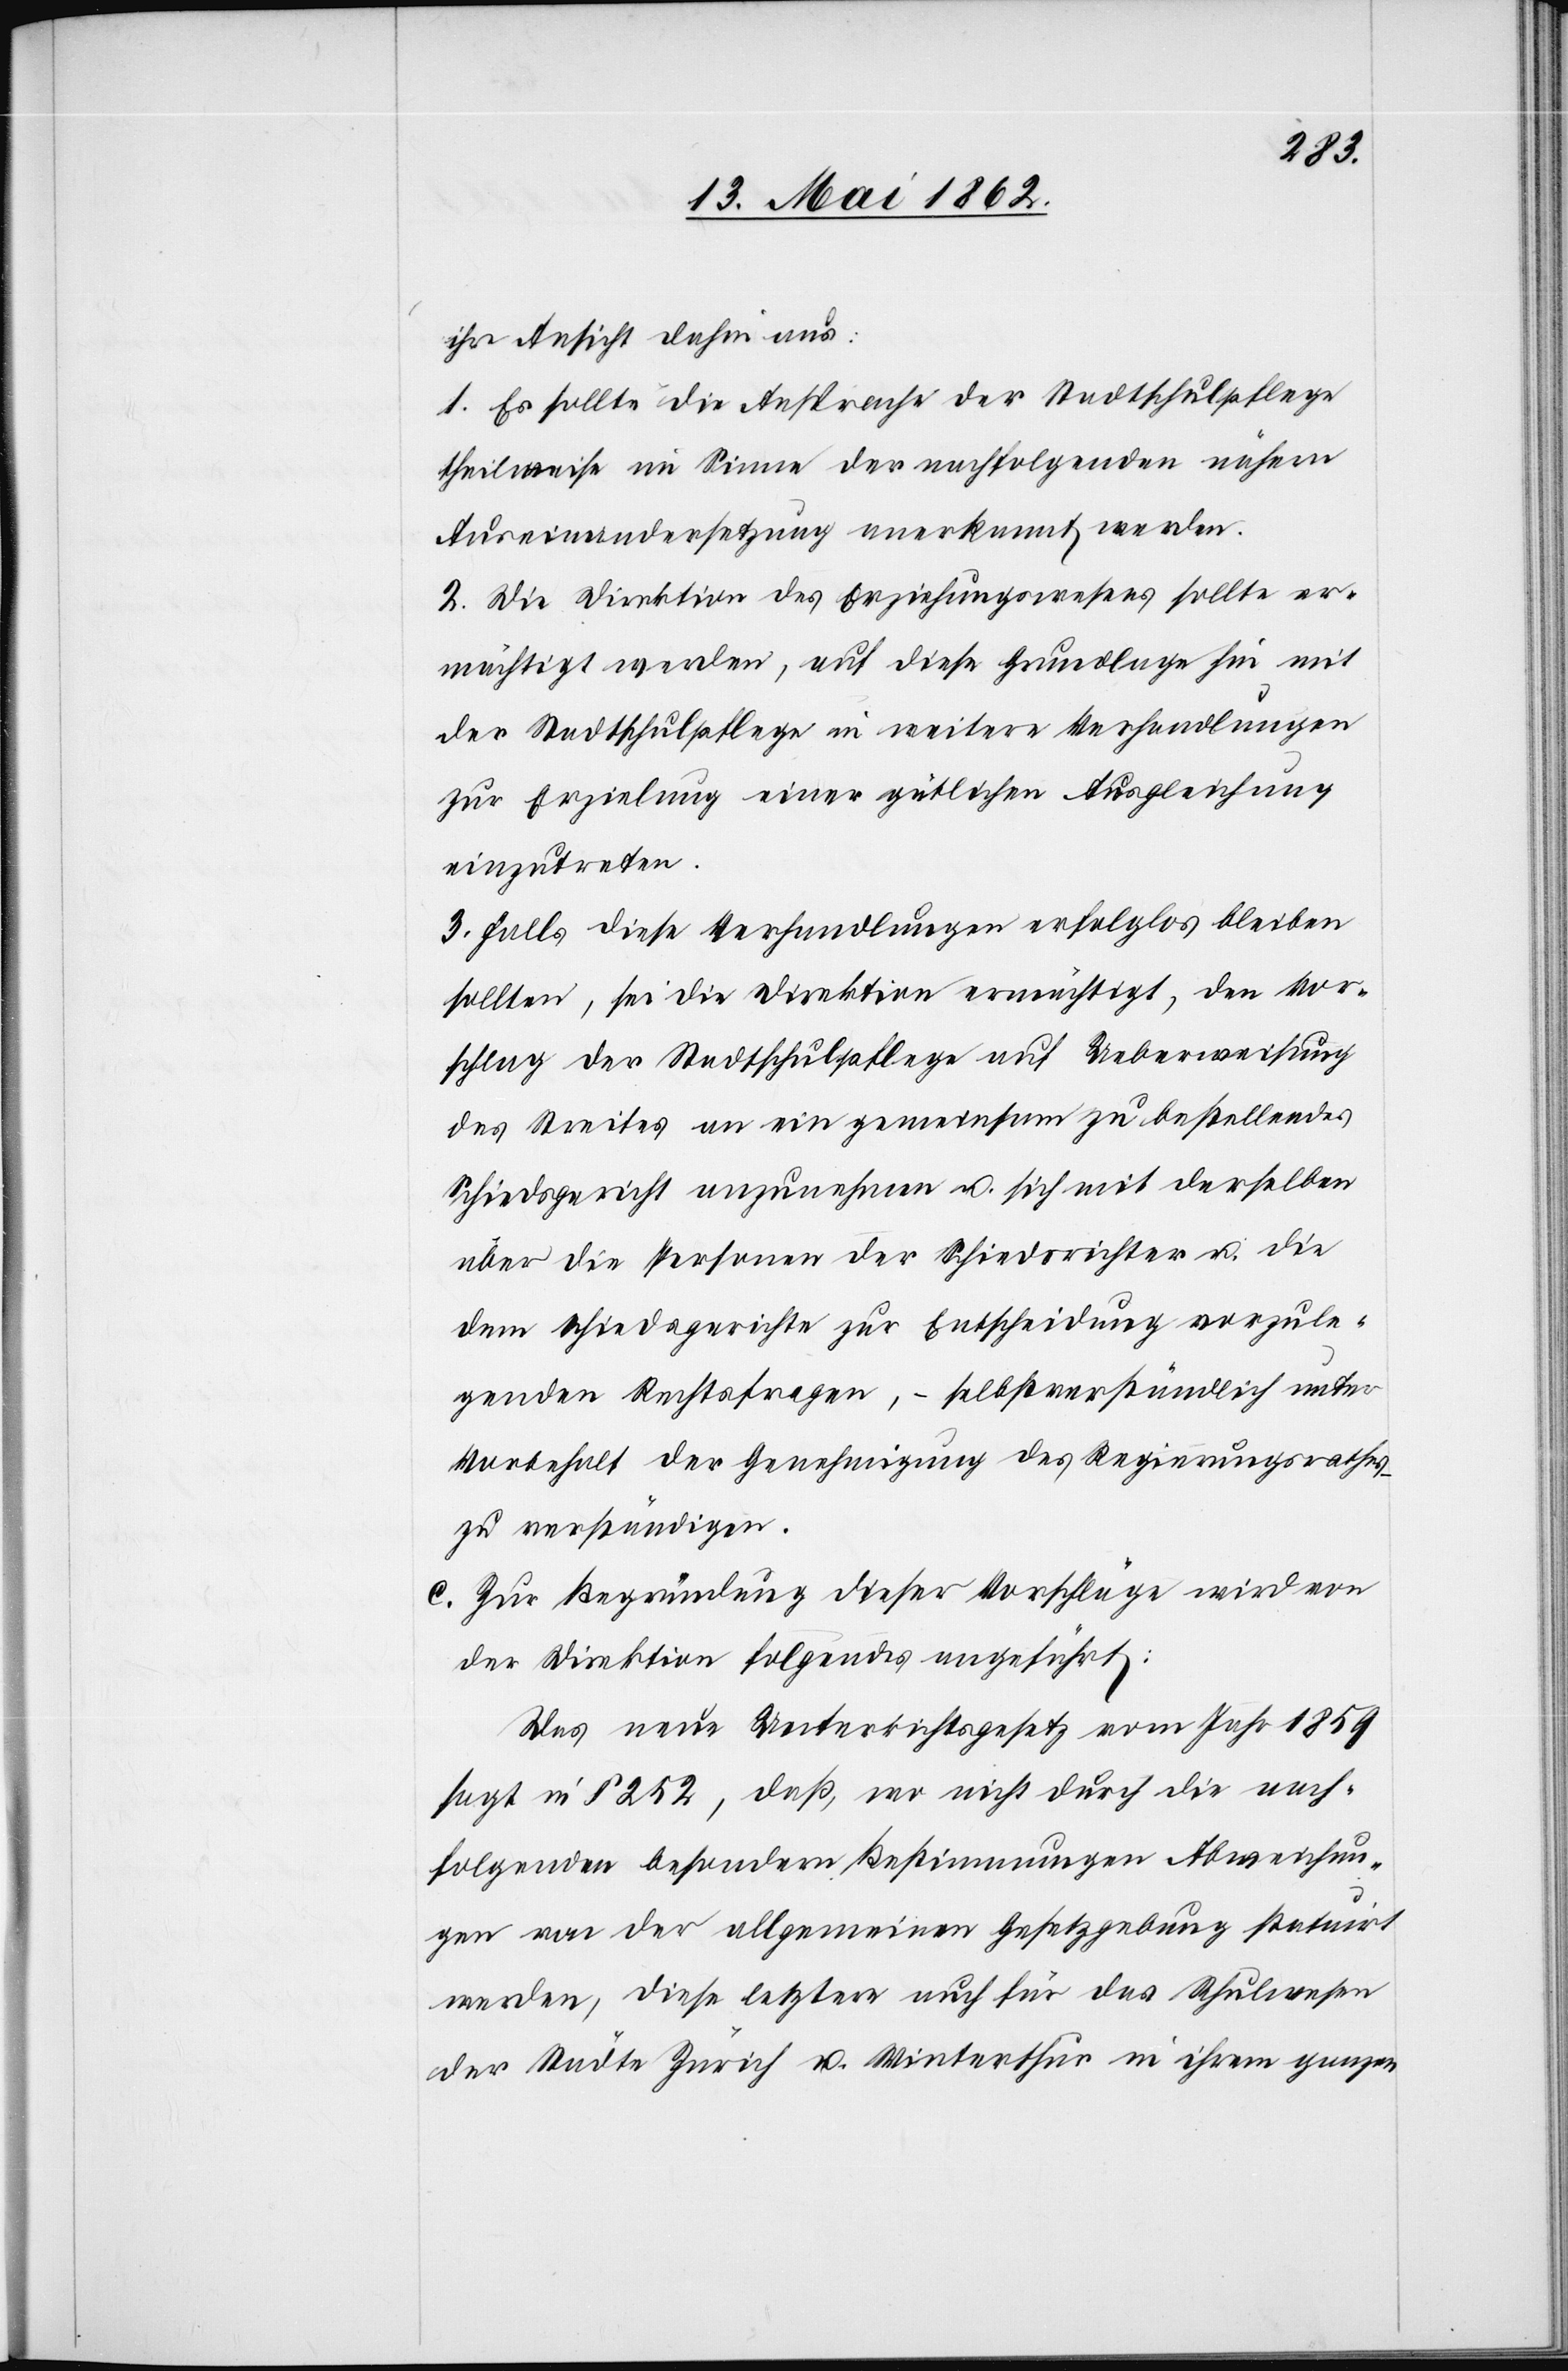
ihre Ansicht dahin aus:
1. Es sollte die Ansprache der Stadtschulpflege
theilweise im Sinne der nachfolgenden nähern
Auseinandersetzung anerkannt werden.
2. Die Direktion des Erziehungswesens sollte er¬
mächtigt werden, auf diese Grundlage sei mit
der Stadtschulpflege in weitere Verhandlungen
zur Erzielung einer gütlichen Ausgleichung
einzutreten.
3. Falls diese Verhandlungen erfolglos bleiben
sollten, sei die Direktion ermächtigt, den Vor¬
schlag der Stadtschulpflege auf Ueberweisung
des Streites an ein gemeinsam zu bestellendes
Schiedsgericht anzunehmen u. sich mit derselben
über die Personen der Schiedsrichter u. die
dem Schiedsgerichte zur Entscheidung vorzule¬
genden Rechtsfragen, – selbstverständlich unter
Vorbehalt der Genehmigung des Regierungsrathes
zu verständigen.
c. Zur Begründung dieser Vorschläge wird von
Das neue Unterrichtsgesetz vom Jahr 1859
sagt in § 252, daß, wo nicht durch die nach¬
folgenden besondern Bestimmungen Abweichun¬
gen von der allgemeinen Gesetzgebung statuirt
werden, diese letztere auch für das Schulwesen
der Städte Zürich u. Winterthur in ihrem ganzen